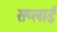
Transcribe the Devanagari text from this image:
सप्‍लाई